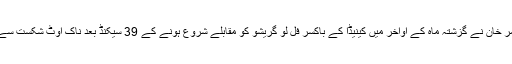
یاد رہے کہ عامر خان نے گزشتہ ماہ کے اواخر میں کینیڈا کے باکسر فل لو گریشو کو مقابلے شروع ہونے کے 39 سیکنڈ بعد ناک آوٹ شکست سے دوچار کیا تھا۔